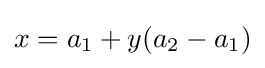
x=a_{1}+y(a_{2}-a_{1})